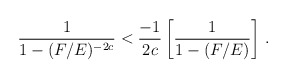
\begin{align*}\frac{1}{1-(F/E)^{-2c}}<\frac{-1}{2c} \left[ \frac{1}{1-(F/E)} \right]\, .\end{align*}